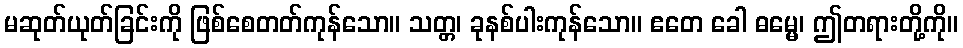
မဆုတ်ယုတ်ခြင်းကို ဖြစ်စေတတ်ကုန်သော။ သတ္တ၊ ခုနစ်ပါးကုန်သော။ ဧတေ ခေါ ဓမ္မေ၊ ဤတရားတို့ကို။